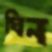
ঘিন